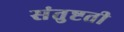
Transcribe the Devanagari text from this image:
संतुष्टती